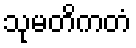
သုမတိကတံ